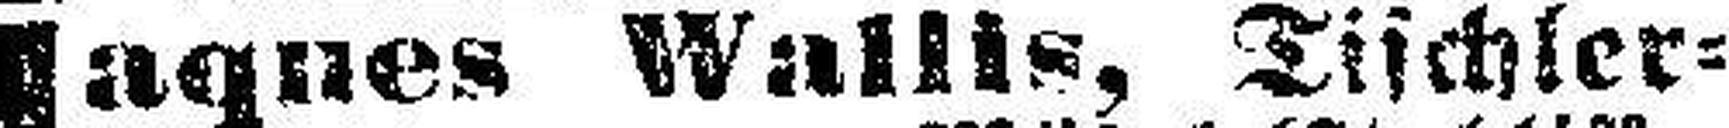
Jaques Wallis, Tischler¬